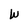
Character: W